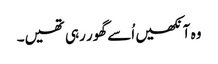
وہ آنکھیں اُسے گھور رہی تھیں۔